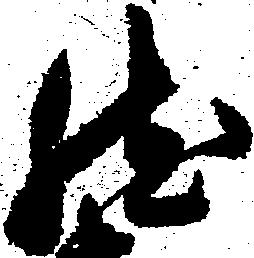
然